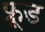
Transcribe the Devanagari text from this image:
फ्रूड